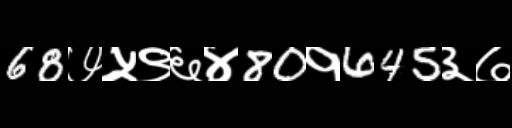
Text: 68७५९६४80१645३७